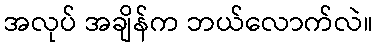
အလုပ် အချိန်က ဘယ်လောက်လဲ။